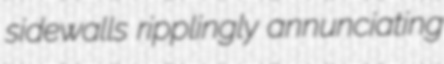
sidewalls ripplingly annunciating